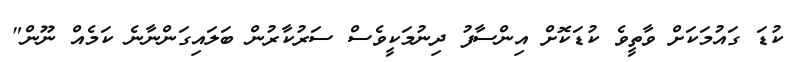
ކުޑަ ގައުމަކަށް ވާތީވެ ކުޑަކޮށް އިންސާފު ދިނުމަކީވެސް ސަރުކާރުން ބަލައިގަންނާނެ ކަމެއް ނޫން"